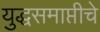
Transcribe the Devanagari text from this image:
युद्धसमाप्तीचे